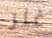
غلر